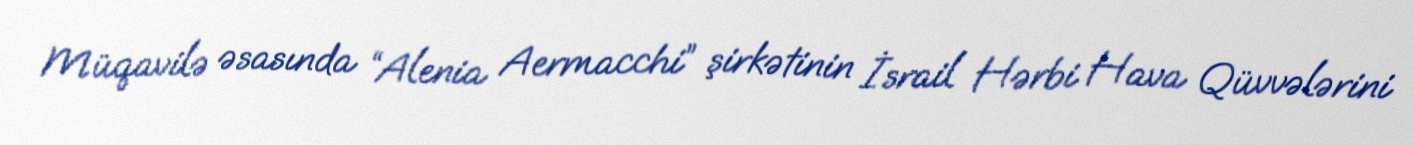
Müqavilə əsasında “Alenia Aermacchi” şirkətinin İsrail Hərbi Hava Qüvvələrini